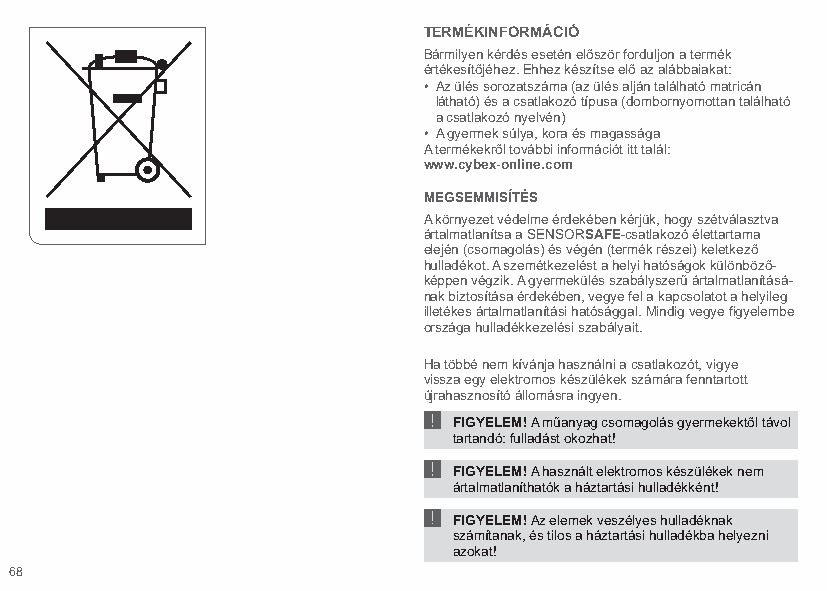
TERMÉKINFORMÁCIÓ
 Bármilyen kérdés esetén először forduljon a termék
 értékesítőjéhez. Ehhez készítse elő az alábbaiakat:
 • Az ülés sorozatszáma (az ülés alján található matricán
 látható) és a csatlakozó típusa (dombornyomottan található
 a csatlakozó nyelvén)
 • A gyermek súlya, kora és magassága
 A termékekről további információt itt talál:
 www.cybex-online.com
 MEGSEMMISÍTÉS
 A környezet védelme érdekében kérjük, hogy szétválasztva
 ártalmatlanítsa a SENSORSAFE-csatlakozó élettartama
 elején (csomagolás) és végén (termék részei) keletkező
 hulladékot. A szemétkezelést a helyi hatóságok különböző-
 képpen végzik. A gyermekülés szabályszerű ártalmatlanításá-
 nak biztosítása érdekében, vegye fel a kapcsolatot a helyileg
 illetékes ártalmatlanítási hatósággal. Mindig vegye figyelembe
 országa hulladékkezelési szabályait.
 Ha többé nem kívánja használni a csatlakozót, vigye
 !vissza egy elektromos készülékek számára fenntartott
 újra hasznosító állomásra ingyen.
 ! FIGYELEM! A műanyag csomagolás gyermekektől távol
 tartandó: fulladást okozhat!
 ! FIGYELEM! A használt elektromos készülékek nem
 ártalmatlaníthatók a háztartási hulladékként!
 FIGYELEM! Az elemek veszélyes hulladéknak
 számítanak, és tilos a háztartási hulladékba helyezni
 azokat!
 68